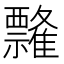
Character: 𰨘